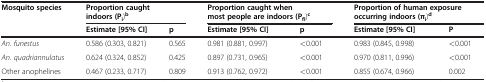
| <ROWSPAN=2> Mosquito species | <COLSPAN=2> Proportion caught indoors (Pi)b | <COLSPAN=2> Proportion caught when most people are indoors (Pfl)c | <COLSPAN=2> Proportion of human exposure occurring indoors (πi)d |
 | Estimate [95% CI] | p | Estimate [95% CI] | p | Estimate [95% CI] | P |
 | --- | --- | --- | --- | --- | --- | --- |
 | An. funestus | 0.586 (0.303, 0.821) | 0.565 | 0.981 (0.881, 0.997) | <0.001 | 0.983 (0.845, 0.998) | <0.001 |
 | An. quadriannulatus | 0.624 (0.324, 0.852) | 0.425 | 0.897 (0.731, 0.965) | <0.001 | 0.970 (0.811, 0.996) | <0.001 |
 | Other anophelines | 0.467 (0.233, 0.717) | 0.809 | 0.913 (0.762, 0.972) | <0.001 | 0.855 (0.674, 0.966) | 0.002 |